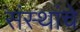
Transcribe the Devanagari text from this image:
संस्‍थांचे